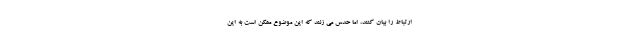
ارتباط را بیان کنند، اما حدس می زنند که این موضوع ممکن است به این